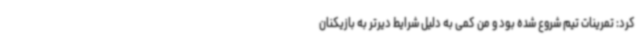
کرد: تمرینات تیم شروع شده بود و من کمی به دلیل شرایط دیرتر به بازیکنان